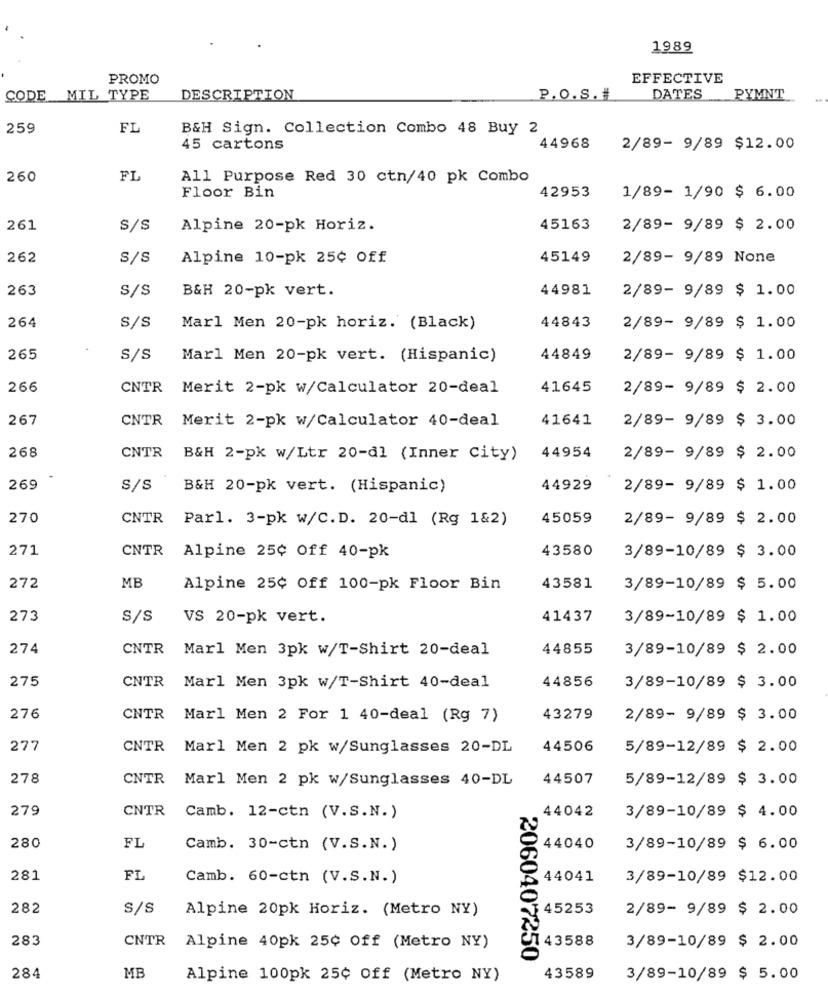
1989
PROMO
EFFECTIVE
CODE MIL TYPE
DESCRIPTION
P.O.S. #
DATES
PYMNT
259
FL
B&H Sign. Collection Combo 48 Buy 2
45 cartons
44968
2/89- 9/89 $12.00
260
FL
All Purpose Red 30 ctn/40 pk Combo
42953
Floor Bin
1/89- 1/90 $ 6.00
261
S/S
Alpine 20-pk Horiz.
45163
2/89- 9/89 $ 2.00
262
S/S
Alpine 10-pk 25¢ Off
45149
2/89- 9/89 None
263
S/S
B&H 20-pk vert.
44981
2/89- 9/89 $ 1.00
264
S/S
Marl Men 20-pk horiz. (Black)
44843
2/89- 9/89 $ 1.00
265
S/S
Marl Men 20-pk vert. (Hispanic)
44849
2/89- 9/89 $ 1.00
266
CNTR
Merit 2-pk w/Calculator 20-deal
41645
2/89- 9/89 $ 2.00
267
CNTR
Merit 2-pk w/Calculator 40-deal
41641
2/89- 9/89 $ 3.00
268
CNTR
B&H 2-pk w/Ltr 20-dl (Inner City)
44954
2/89- 9/89 $ 2.00
269
S/S
B&H 20-pk vert. (Hispanic)
44929
2/89- 9/89 $ 1.00
270
CNTR
Parl. 3-pk w/C.D. 20-dl (Rg 1&2)
45059
2/89- 9/89 $ 2.00
271
43580
CNTR Alpine 25¢ Off 40-pk
3/89-10/89 $ 3.00
MB
272
Alpine 25¢ Off 100-pk Floor Bin
43581
3/89-10/89 $ 5.00
273
S/S
VS 20-pk vert.
41437
3/89-10/89 $ 1.00
274
CNTR
Marl Men 3pk w/T-Shirt 20-deal
44855
3/89-10/89 $ 2.00
275
CNTR
44856
Marl Men 3pk w/T-Shirt 40-deal
3/89-10/89 $ 3.00
276
CNTR
Marl Men 2 For 1 40-deal (Rg 7)
43279
2/89- 9/89 $ 3.00
277
CNTR
Marl Men 2 pk w/Sunglasses 20-DL
44506
5/89-12/89 $ 2.00
278
CNTR
Marl Men 2 pk w/Sunglasses 40-DL
44507
5/89-12/89 $ 3.00
279
CNTR
44042
Camb. 12-ctn (V.S.N.)
3/89-10/89 $ 4.00
280
FL
Camb. 30-ctn (V.S.N.)
44040
3/89-10/89 $ 6.00
281
FL
Camb. 60-ctn (V.S.N.)
44041
3/89-10/89 $12.00
282
S/s
Alpine 20pk Horiz. (Metro NY)
45253
2/89- 9/89 $ 2.00
283
CNTR
43588
Alpine 40pk 25¢ Off (Metro NY)
3/89-10/89 $ 2.00
2060407250
284
MB
Alpine 100pk 25¢ Off (Metro NY)
43589
3/89-10/89 $ 5.00